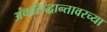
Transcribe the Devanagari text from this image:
अंकसिद्धान्तावरच्या